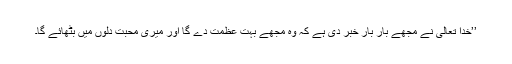
’’خدا تعالیٰ نے مجھے بار بار خبر دی ہے کہ وہ مجھے بہت عظمت دے گا اور میری محبت دلوں میں بٹھائے گا۔